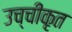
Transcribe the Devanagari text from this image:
उच्‍चीकृत